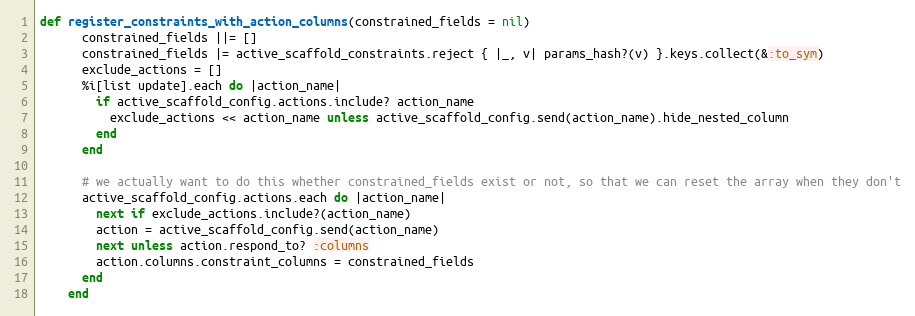
Language: Ruby
def register_constraints_with_action_columns(constrained_fields = nil)
      constrained_fields ||= []
      constrained_fields |= active_scaffold_constraints.reject { |_, v| params_hash?(v) }.keys.collect(&:to_sym)
      exclude_actions = []
      %i[list update].each do |action_name|
        if active_scaffold_config.actions.include? action_name
          exclude_actions << action_name unless active_scaffold_config.send(action_name).hide_nested_column
        end
      end

      # we actually want to do this whether constrained_fields exist or not, so that we can reset the array when they don't
      active_scaffold_config.actions.each do |action_name|
        next if exclude_actions.include?(action_name)
        action = active_scaffold_config.send(action_name)
        next unless action.respond_to? :columns
        action.columns.constraint_columns = constrained_fields
      end
    end